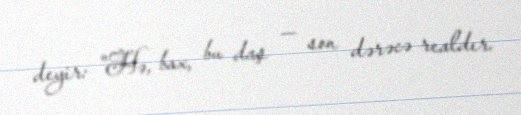
deyir: "Hə, bax, bu daş — son dərəcə realdır.